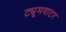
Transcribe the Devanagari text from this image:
ट्यूमवाटर